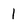
Character: I